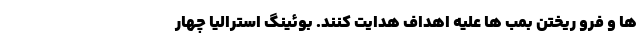
ها و فرو ریختن بمب ها علیه اهداف هدایت کنند. بوئینگ استرالیا چهار